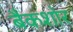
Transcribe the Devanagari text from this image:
बैकशोर